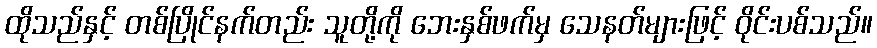
ထိုသည်နှင့် တစ်ပြိုင်နက်တည်း သူတို့ကို ဘေးနှစ်ဖက်မှ သေနတ်များဖြင့် ဝိုင်းပစ်သည်။